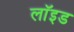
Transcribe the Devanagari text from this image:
लाॅइड